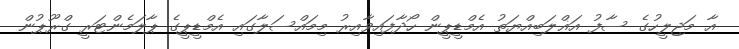
އާ މަޖިލީހުގެ ސާފު އަޣްލަބިއްޔަތު އެމްޑީޕީން ހޯދާފައިވާއިރު މިމައްސަލާގައި އެމްޑީޕީގެ ޕާލަމެންޓަރީ ގްރޫޕުން